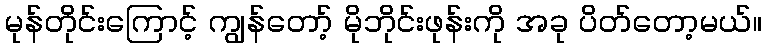
မုန်တိုင်းကြောင့် ကျွန်တော့် မိုဘိုင်းဖုန်းကို အခု ပိတ်တော့မယ်။